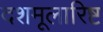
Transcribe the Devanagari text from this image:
दशमूलारिष्ट